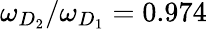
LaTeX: \omega_{D_{2}}/\omega_{D_{1}}=0.974